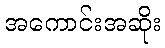
အကောင်းအဆိုး